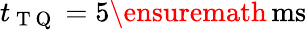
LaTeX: t_{\mathrm{~T~Q~}}=5\ensuremath{\, \mathrm{ms}}